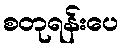
စတုရန်းပေ